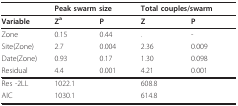
<table><thead><tr><td></td><td colspan="2"><b>Peak swarm size</b></td><td colspan="2"><b>Total couples/swarm</b></td></tr></thead><tbody><tr><td><b>Variable</b></td><td><b>Z<sup>a</sup></b></td><td><b>P</b></td><td><b>Z</b></td><td><b>P</b></td></tr><tr><td>Zone</td><td>0.15</td><td>0.44</td><td>.</td><td>-</td></tr><tr><td>Site(Zone)</td><td>2.7</td><td>0.004</td><td>2.36</td><td>0.009</td></tr><tr><td>Date(Zone)</td><td>0.93</td><td>0.17</td><td>1.30</td><td>0.098</td></tr><tr><td>Residual</td><td>4.4</td><td>0.001</td><td>4.21</td><td>0.001</td></tr><tr><td>Res -2LL</td><td>1022.1</td><td></td><td>608.8</td><td></td></tr><tr><td>AIC</td><td>1030.1</td><td></td><td>614.8</td><td></td></tr></tbody></table>